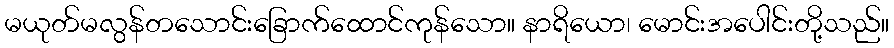
မယုတ်မလွန်တသောင်းခြောက်ထောင်ကုန်သော။ နာရိယော၊ မောင်းအပေါင်းတို့သည်။